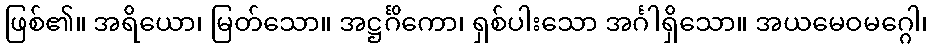
ဖြစ်၏။ အရိယော၊ မြတ်သော။ အဋ္ဌင်္ဂိကော၊ ရှစ်ပါးသော အင်္ဂါရှိသော။ အယမေဝမဂ္ဂေါ၊